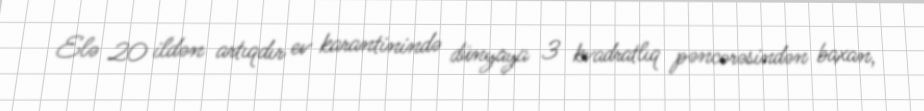
Elə 20 ildən artıqdır ev karantinində dünyaya 3 kvadratlıq pəncərəsindən baxan,